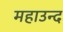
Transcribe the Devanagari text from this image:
महाउन्द